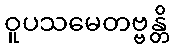
ဝူပသမေတဗ္ဗန္တိ